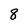
Character: 8